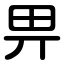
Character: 畀